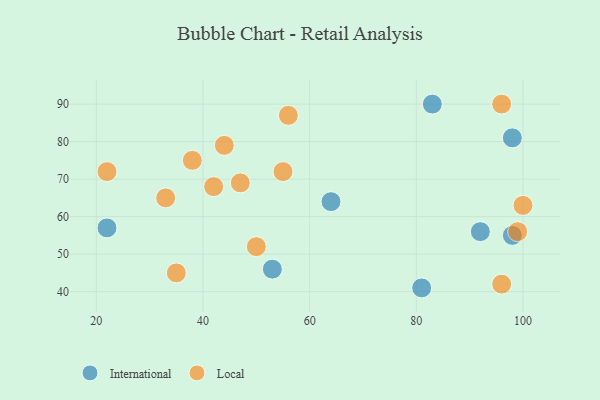
{"axis": {"x": "GDP", "y": "Life Expectancy"}, "legend": ["International", "Local"], "data": [{"x": "64", "y": 64, "type": "International"}, {"x": "22", "y": 57, "type": "International"}, {"x": "98", "y": 55, "type": "International"}, {"x": "98", "y": 81, "type": "International"}, {"x": "92", "y": 56, "type": "International"}, {"x": "53", "y": 46, "type": "International"}, {"x": "81", "y": 41, "type": "International"}, {"x": "83", "y": 90, "type": "International"}, {"x": "99", "y": 56, "type": "Local"}, {"x": "44", "y": 79, "type": "Local"}, {"x": "35", "y": 45, "type": "Local"}, {"x": "47", "y": 69, "type": "Local"}, {"x": "96", "y": 42, "type": "Local"}, {"x": "22", "y": 72, "type": "Local"}, {"x": "56", "y": 87, "type": "Local"}, {"x": "42", "y": 68, "type": "Local"}, {"x": "38", "y": 75, "type": "Local"}, {"x": "55", "y": 72, "type": "Local"}, {"x": "50", "y": 52, "type": "Local"}, {"x": "33", "y": 65, "type": "Local"}, {"x": "96", "y": 90, "type": "Local"}, {"x": "100", "y": 63, "type": "Local"}]}